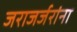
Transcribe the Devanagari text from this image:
जराजर्जरांना